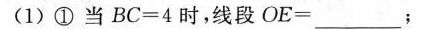
(1)①当$$B C = 4$$时，线段$$O E =$$；